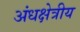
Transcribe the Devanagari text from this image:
अंधक्षेत्रीय